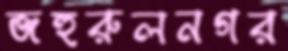
জহুরুলনগর